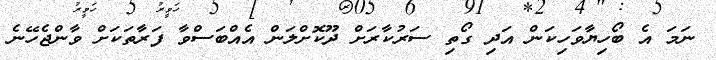
ނަމަ އެ ބޯހިޔާވަހިކަން އަދި ގޯތި ސަރުކާރަށް ދޫކޮށްލަން އެއްބަސްވާ ފަރާތަކަށް ވާންޖެހޭނެ